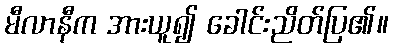
မီလာနီက အားယူ၍ ခေါင်းညိတ်ပြ၏။